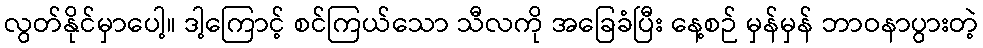
လွတ်နိုင်မှာပေါ့။ ဒါ့ကြောင့် စင်ကြယ်သော သီလကို အခြေခံပြီး နေ့စဉ် မှန်မှန် ဘာဝနာပွားတဲ့